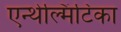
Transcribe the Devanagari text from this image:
एन्थेल्मिंटिका